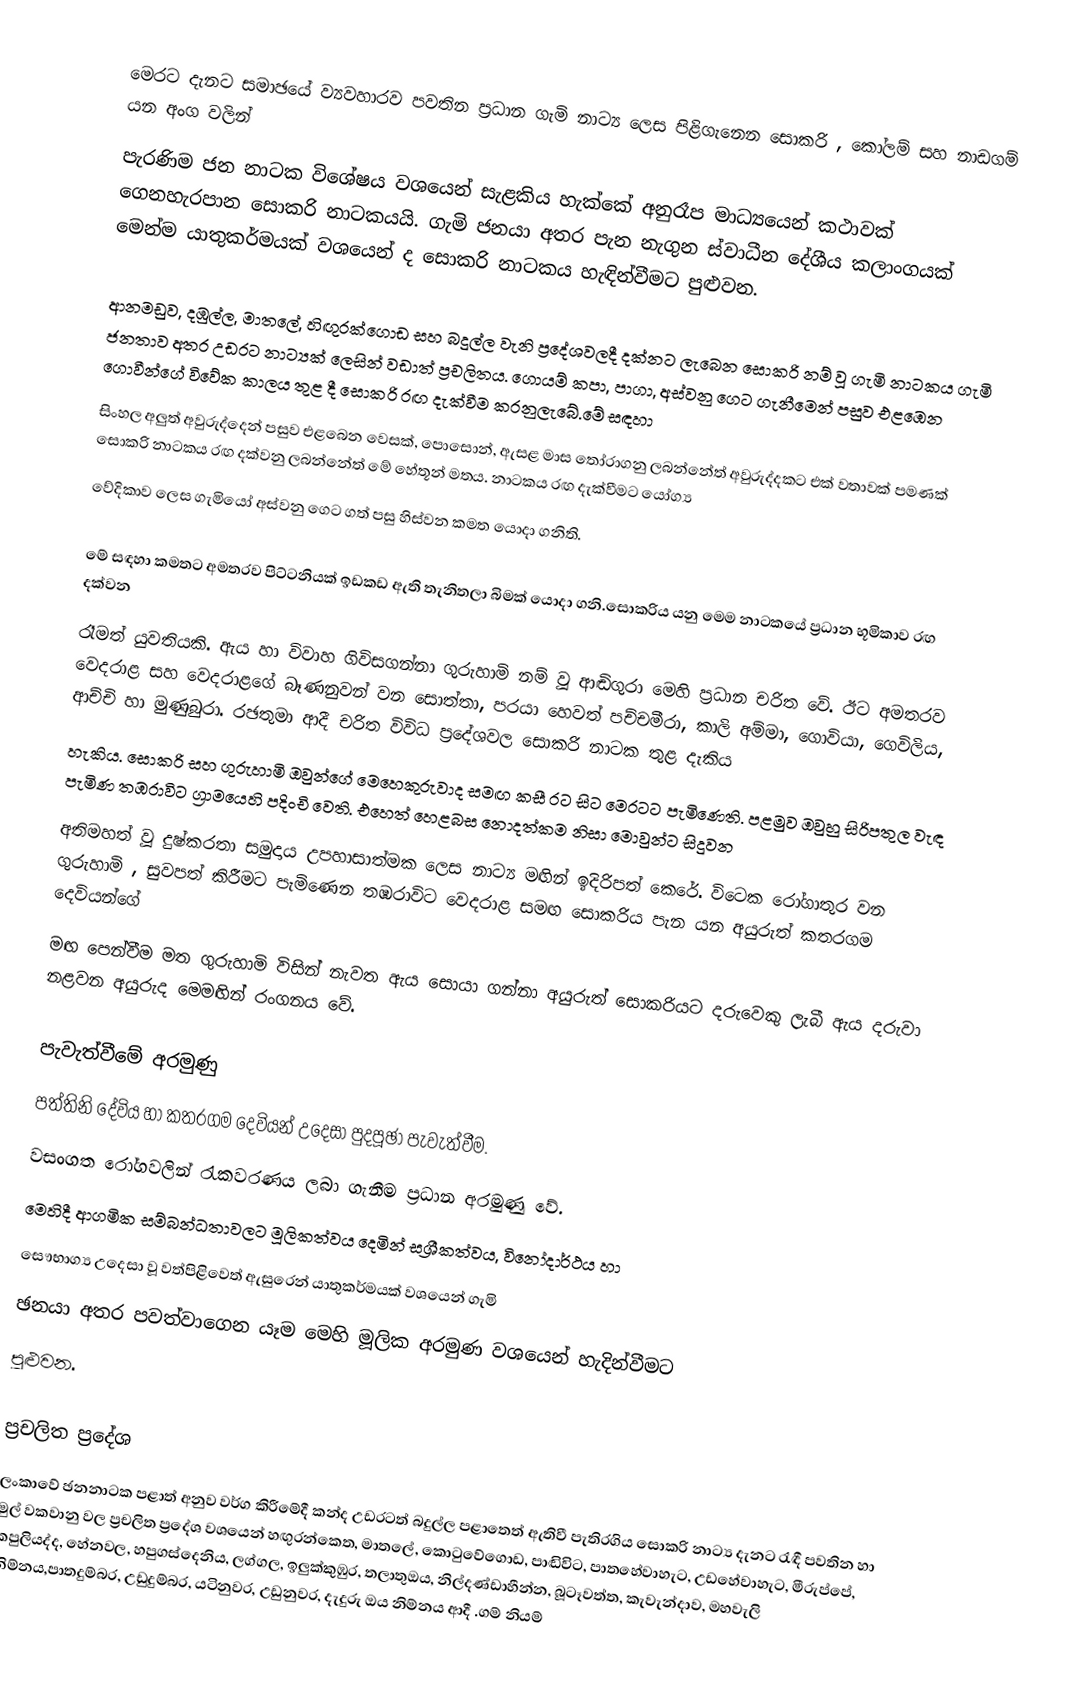
මෙරට දැනට සමාඡයේ ව්‍යවහාරව පවතින ප්‍රධාන ගැමි නාට්‍ය ලෙස පිළිගැනෙන සොකරි , කෝලම් සහ නාඩගම් යන අංග වලින්
පැරණිම ජන නාටක විශේෂය වශයෙන් සැළකිය හැක්කේ අනුරෑප මාධ්‍යයෙන් කථාවක් ගෙනහැරපාන සොකරි නාටකයයි. ගැමි ජනයා අතර පැන නැගුන ස්වාධීන දේශීය කලාංගයක් මෙන්ම යාතුකර්මයක් වශයෙන් ද සොකරි නාටකය හැඳින්වීමට පුළුවන.

ආනමඩුව, දඹුල්ල, මාතලේ, හිඟුරක්ගොඩ සහ බදුල්ල වැනි ප්‍රදේශවලදී දක්නට ලැබෙන සොකරි නම් වූ ගැමි නාටකය ගැමි ජනතාව අතර උඩරට නාට්‍යක් ලෙසින් වඩාත් ප්‍රචලිතය. ගොයම් කපා, පාගා, අස්වනු ගෙට ගැනීමෙන් පසුව එළඹෙන ගොවීන්ගේ විවේක කාලය තුළ දී සොකරි රඟ දැක්වීම කරනුලැබේ.මේ සඳහා
සිංහල අලුත් අවුරුද්දෙන් පසුව එළබෙන වෙසක්, පොසොන්, ඇසළ මාස තෝරාගනු ලබන්නේත් අවුරුද්දකට එක් වතාවක් පමණක් සොකරි නාටකය රඟ දක්වනු ලබන්නේත් මේ හේතූන් මතය. නාටකය රඟ දැක්වීමට යෝග්‍ය
වේදිකාව ලෙස ගැමියෝ අස්වනු ගෙට ගත් පසු හිස්වන කමත යොදා ගනිති.

මේ සඳහා කමතට අමතරව පිට්ටනියක් ඉඩකඩ ඇති තැනිතලා බිමක් යොදා ගනි.සොකරිය යනු මෙ‍ම නාටකයේ ප්‍රධාන භූමිකාව රඟ දක්වන
රෑමත් යුවතියකි. ඇය හා විවාහ ගිවිසගන්නා ගුරුහාමි නම් වූ ආඬිගුරා මෙහි ප්‍රධාන චරිත වේ. ඊට අමතරව වෙදරාළ සහ වෙදරාළ‍ගේ බෑණනුවන් වන සොත්තා, පරයා හෙවත් පච්චමීරා, කාලි අම්මා, ගොවියා,‍ ගෙවිලිය, ආච්චි හා මුණුබුරා. රඡතුමා ආදී චරිත විවිධ ප්‍රදේශවල සොකරි නාටක තුළ දැකිය
හැකිය. සොකරි සහ ගුරුහාමි ඔවුන්ගේ මෙහෙකුරුවාද සමඟ කසී රට සිට මෙරටට පැමිණෙති. පළමුව ඔවුහු සිරිපතුල වැඳ පැමිණ තඹරාවිට ග්‍රාමයෙහි පදිංචි වෙති. එහෙත් හෙළබස නොදත්කම නිසා මොවුන්ට සිදුවන
අතිමහත් වූ දුෂ්කරතා සමුදාය උපහාසාත්මක ලෙස නාට්‍ය මඟින් ඉදිරිපත් කෙ‍රේ. විටෙක රෝගාතුර වන ගුරුහාමි , සුවපත් කිරීමට පැමිණෙන තඹරාවිට වෙදරාළ සමඟ සොකරිය පැන යන අයුරුත් කතරගම දෙවියන්ගේ
මඟ පෙන්වීම මත ගුරුහාමි විසින් නැවත ඇය සොයා ගන්නා අයුරුත් සොකරියට දරුවෙකු ලැබී ඇය දරුවා නළවන අයුරුද මෙ‍මඟින් රංගනය වේ.

පැවැත්වීමේ අරමුණු
පත්තිනි දේවිය හා කතරගම දෙවියන් උදෙසා පුදපූඡා පැවැත්වීම. ‍
වසංගත රෝගවලින් රැකවරණය ලබා ගැනීම ප්‍රධාන අරමුණු වේ.
මෙහිදී ආගමික සම්බන්ධතාවලට මූලිකත්වය දෙමින් සශ්‍රීකත්වය, විනෝදාර්ථය හා
සෞභාග්‍ය උදෙසා වූ වත්පිළිවෙත් ඇසුරෙන් යාතුකර්මයක් වශයෙන් ගැමි
ඡනයා අතර පවත්වාගෙන යෑම මෙහි මූලික අරමුණ වශයෙන් හැදින්වීම‍ට
පුළුවන.

ප්‍රචලිත ප්‍රදේශ
ලංකාවේ ඡනනාටක පළාත් අනුව වර්ග කිරීමේදී කන්ද උඩරටත් බදුල්ල පළාතෙත් ඇතිවී පැතිරගිය සොකරි නාට්‍ය දැන‍ට රැඳී පවතින හා මුල් වකවානු වල ප්‍රචලිත ප්‍රදේශ වශයෙන් හඟුරන්කෙත, මාතලේ, කොටුවේගොඩ, පාඬිවිට, පාතහේවාහැට, උඩහේවාහැට, මීරුප්පේ, කපුලියද්ද, හේනවල, හපුගස්දෙනිය, ලග්ගල, ඉලුක්කුඹුර, තලාතුඔය, නිල්දණ්ඩාහීන්න, බූටෑවත්ත, කැවැන්දාව, මහවැලි නිම්නය,පාතදුම්බර, උඩුදුම්බර, යටිනුවර, උඩුනුවර, දැදුරු ඔය නිම්නය ආදී .ගම් නියම්